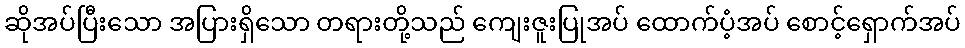
ဆိုအပ်ပြီးသော အပြားရှိသော တရားတို့သည် ကျေးဇူးပြုအပ် ထောက်ပံ့အပ် စောင့်ရှောက်အပ်